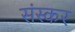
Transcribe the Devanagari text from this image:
संस्कर